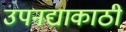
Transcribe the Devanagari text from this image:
उपनद्याकाठी